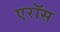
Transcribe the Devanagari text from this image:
एरॉस